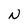
Character: N